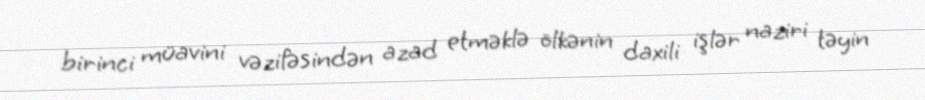
birinci müavini vəzifəsindən azad etməklə ölkənin daxili işlər naziri təyin